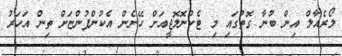
ލޯރެއާލް އިން ބުނާ ގޮތުގައި މި ޓެކްނޮލޮޖީއަށް ހޭނެން އެކުންފުންޏަށް ތިން އަހަރު